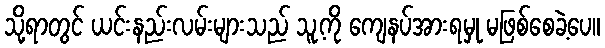
သို့ရာတွင် ယင်းနည်းလမ်းများသည် သူ့ကို ကျေနပ်အားရမှု မဖြစ်စေခဲ့ပေ။